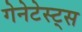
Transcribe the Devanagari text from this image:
गेनेटेस्ट्स